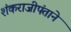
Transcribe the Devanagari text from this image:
शंकराजीपंताने